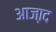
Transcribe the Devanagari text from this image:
आजा़द